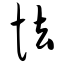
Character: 怯